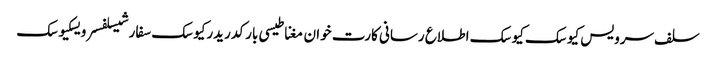
سلف سرویس کیوسک کیوسک اطلاع رسانی کارت خوان مغناطیسی بارکد ریدرکیوسک سفارشیسلفسرویسکیوسک